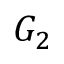
G _ { 2 }